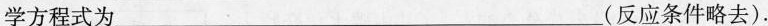
学方程式为___(反应条件略去)。